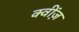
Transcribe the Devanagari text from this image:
क्वींज़